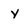
Character: y